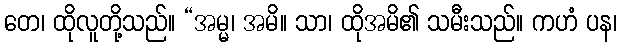
တေ၊ ထိုလူတို့သည်။ “အမ္မ၊ အမိ။ သာ၊ ထိုအမိ၏ သမီးသည်။ ကဟံ ပန၊